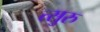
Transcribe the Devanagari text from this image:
त्सुरु